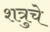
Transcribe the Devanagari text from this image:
शत्रुचे